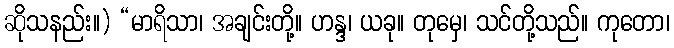
ဆိုသနည်း။) “မာရိသာ၊ အချင်းတို့။ ဟန္ဒ၊ ယခု။ တုမှေ၊ သင်တို့သည်။ ကုတော၊